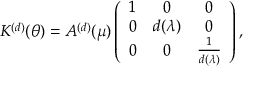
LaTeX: K ^ { ( d ) } ( \theta ) = A ^ { ( d ) } ( \mu ) \left( \begin{array} { c c c } { { 1 } } & { { 0 } } & { { 0 } } \\ { { 0 } } & { { d ( \lambda ) } } & { { 0 } } \\ { { 0 } } & { { 0 } } & { { \frac { 1 } { d ( \lambda ) } } } \end{array} \right) ,